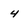
Character: 4